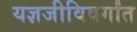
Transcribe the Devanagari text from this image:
यज्ञजीविवर्गांत